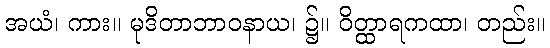
အယံ၊ ကား။ မုဒိတာဘာဝနာယ၊ ၌။ ဝိတ္ထာရကထာ၊ တည်း။